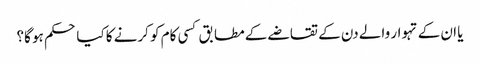
یا ان کے تہوار والے دن کے تقاضے کے مطابق کسی کام کو کرنے کا کیا حکم ہو گا؟